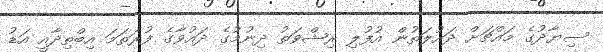
ސިޔާދުގެ މައްޗަށް ދައުލަތުން އުފުލި ރިޝްވަތު ދިނުމުގެ ދައުވާގެ ފުރަތަމަ އިބްތިދާއީ އަޑު